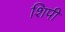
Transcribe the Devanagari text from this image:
शिपी